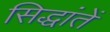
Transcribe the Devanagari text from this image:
सिद्धांतें